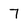
Character: 7